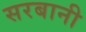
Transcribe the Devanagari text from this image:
सरबानी